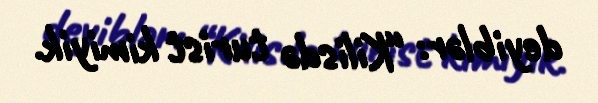
deyiblər: “Kilisdə turist kimiyik.